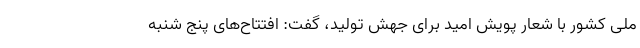
ملی کشور با شعار پویش امید برای جهش تولید، گفت: افتتاح‌های پنج شنبه